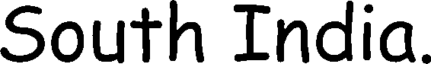
South India